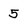
Character: 5